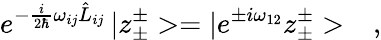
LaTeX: e^{-\frac{i}{2\hbar}\omega_{ij}\hat{L}_{ij}}\, |z_{\pm}^{\pm}>=|e^{\pm i\omega_{12}}z_{\pm}^{\pm}>\ \ \ ,